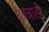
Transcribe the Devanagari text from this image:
जत्राही